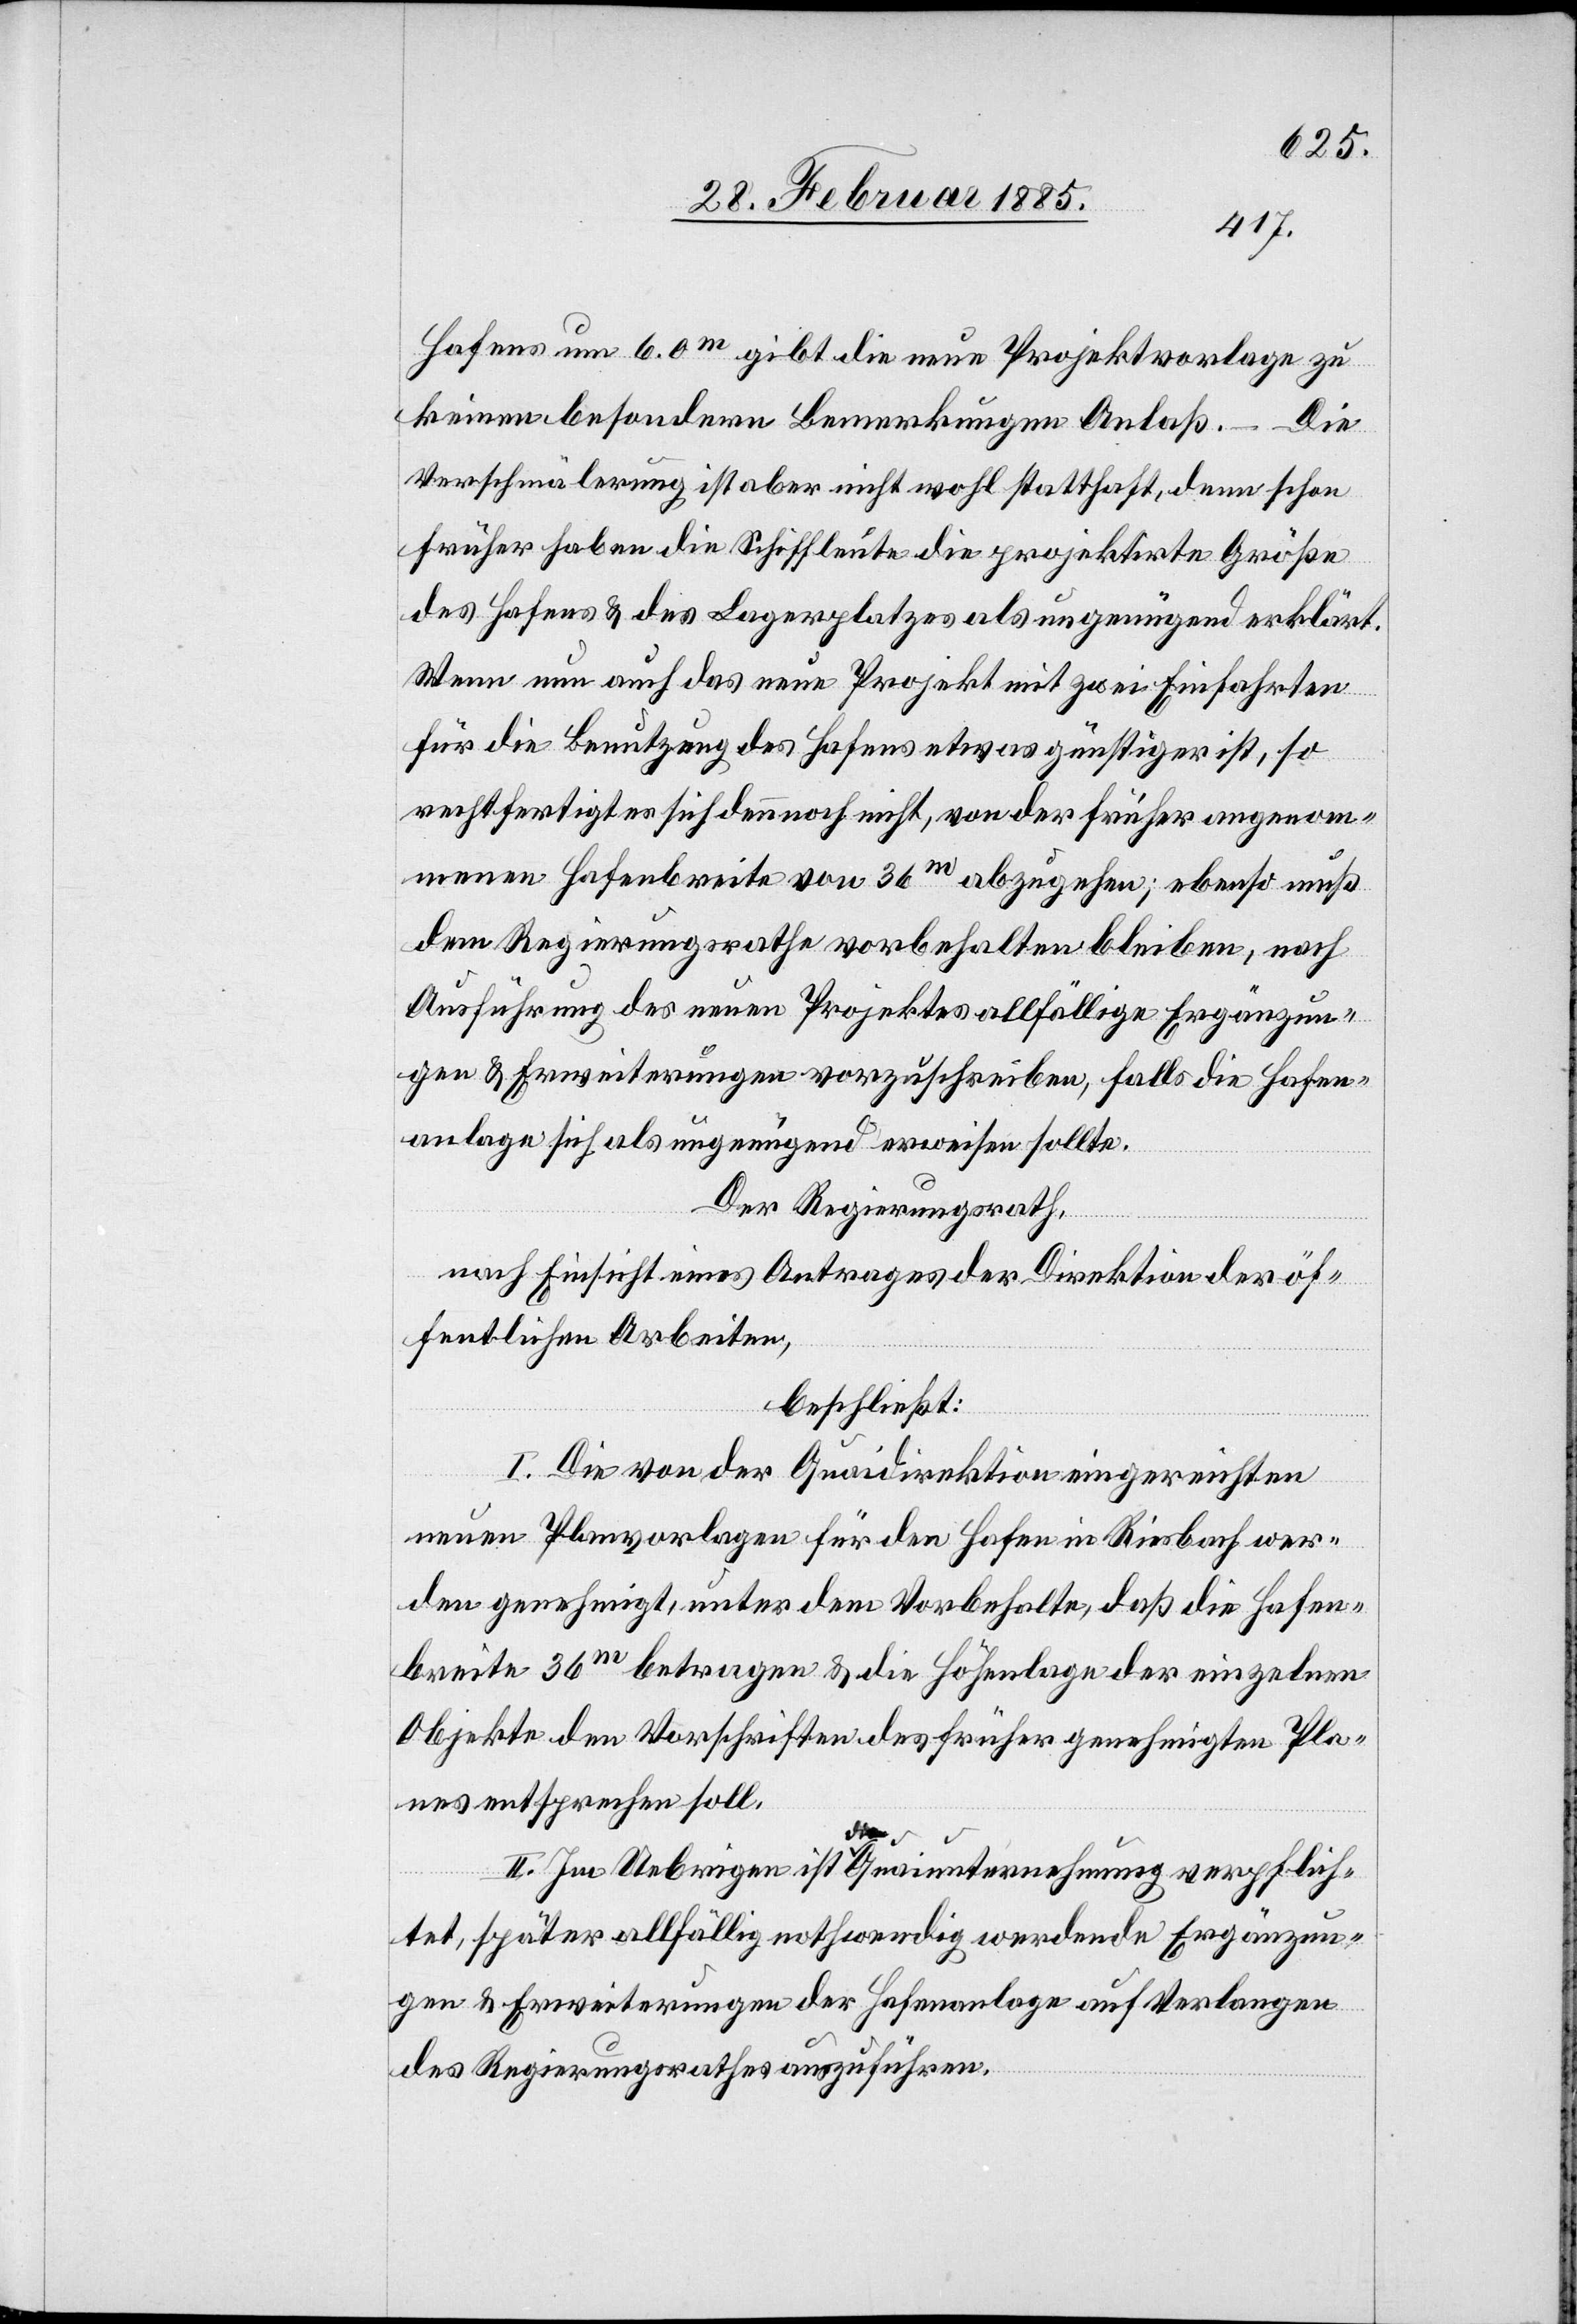
Hafens um 6.0m gibt die neue Projektvorlage zu
keinen besondern Bemerkungen Anlaß. – Die
Verschmälerung ist aber nicht wohl statthaft, denn schon
früher haben die Schiffleute die projektirte Größe
des Hafens & des Lagerplatzes als ungenügend erklärt.
Wenn nun auch das neue Projekt mit zwei Einfahrten
für die Benutzung des Hafens etwas günstiger ist, so
rechtfertigt es sich dennoch nicht, von der früher angenom¬
menen Hafenbreite von 36m abzusehen; ebenso muß
dem Regierungsrathe vorbehalten bleiben, nach
Ausführung des neuen Projektes allfällige Ergänzun¬
gen & Erweiterungen vorzuschreiben, falls die Hafen¬
anlage sich als ungenügend erweisen sollte.
Der Regierungsrath,
nach Einsicht eines Antrages der Direktion der öf¬
fentlichen Arbeiten,
beschließt:
I. Die von der Quaidirektion eingereichten
neuen Planvorlagen für den Hafen in Riesbach wer¬
den genehmigt, unter dem Vorbehalte, das die Hafen¬
breite 36m betragen & die Höhenlage der einzelnen
Objekte den Vorschriften des früher genehmigten Pla¬
nes entsprechen soll.
II. Im Uebrigen ist die Quaiunternehmung verpflich¬
tet, später allfällig nothwendig werdende Ergänzun¬
gen & Erweiterungen der Hafenanlage auf Verlangen
des Regierungsrathes auszuführen.